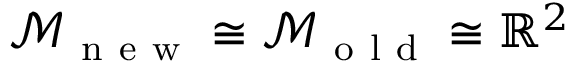
\mathcal { M } _ { \mathrm { ~ n ~ e ~ w ~ } } \cong \mathcal { M } _ { \mathrm { ~ o ~ l ~ d ~ } } \cong \mathbb { R } ^ { 2 }